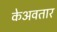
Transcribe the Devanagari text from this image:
केअवतार